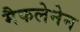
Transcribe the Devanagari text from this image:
मैकलेनेन